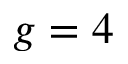
g = 4